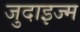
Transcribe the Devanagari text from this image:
जुदाइज्म